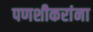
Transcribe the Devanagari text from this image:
पणशीकरांना